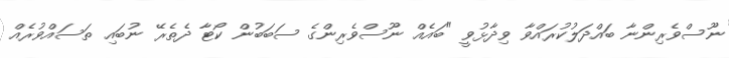
ނޫސްވެރިންނާ ބައްދަލުކުރައްވާ ވިދާޅުވީ "ބައެއް ނޫސްވެރިންގެ ސަބަބުން ކޯޓާ ދެތެރޭ ނުބައި ތަސައްވުރެއް